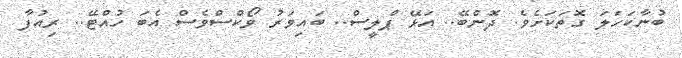
ބުނާކަހަލަ ގޮތަކަށެވެ. ދޮންބޭ.. އަޅޭ ޕްލީސް.. ބައިވަރު ވޯކްސްވެސް އެބަ ހުއްޓޭ.. ރިއުފާ